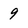
Character: 9